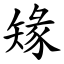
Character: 䂕